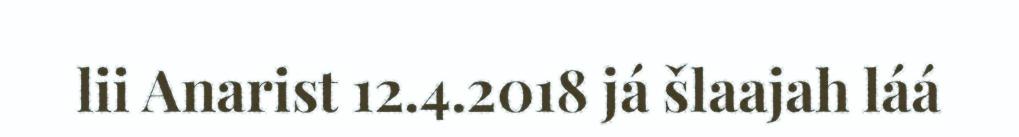
lii Anarist 12.4.2018 já šlaajah láá